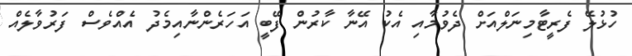
ހުޅުލޭ ފެރީޓާމިނަލްއަށް ދެވުމާއި އެކު އޭނާ ކާރުން ފޭބީ އަހަރެންނާއިމެދު އެއްވެސް ފަރުވާލެއް